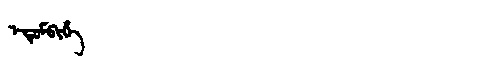
Manchu: ᡝᡨᡠᠮᠪᡳᡥᡝ
Romanization: ETUMBIHE